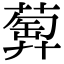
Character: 𦻦